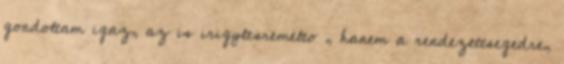
gondoltam igaz, az is irigylesremelto , hanem a rendezettsegedre,